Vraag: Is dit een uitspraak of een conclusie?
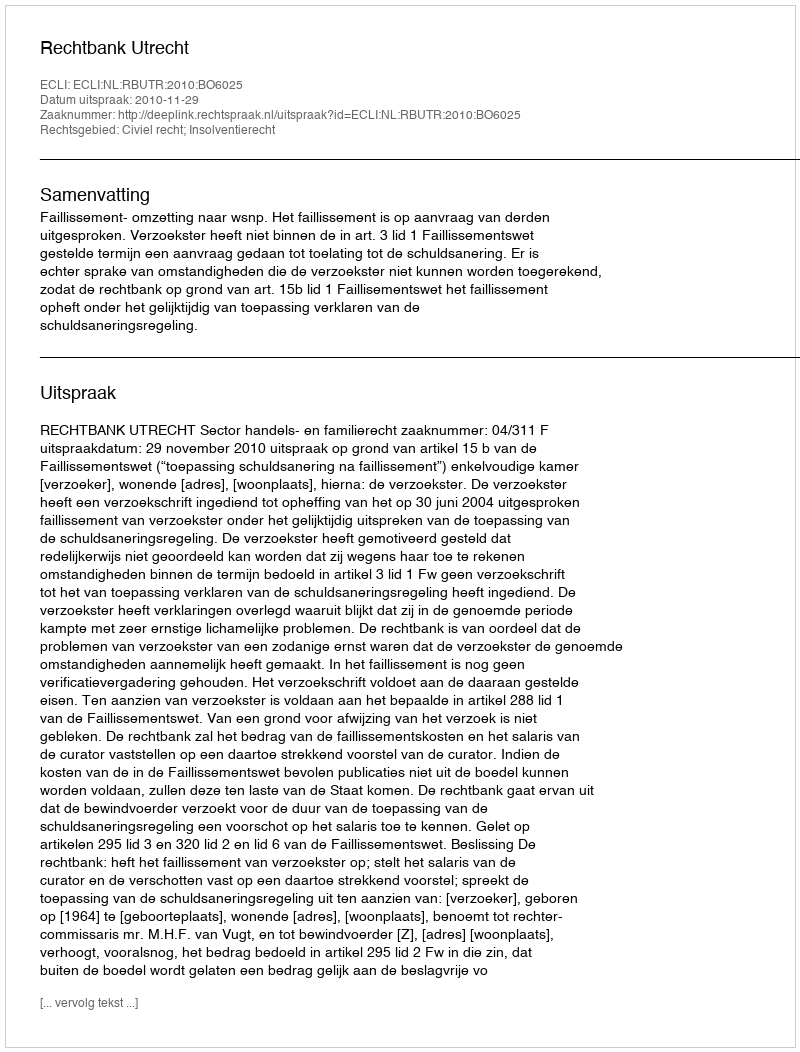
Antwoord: Uitspraak